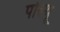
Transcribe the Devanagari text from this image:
पोल्थू